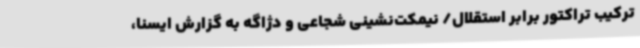
ترکیب تراکتور برابر استقلال/ نیمکت‌نشینی شجاعی و دژاگه به گزارش ایسنا،